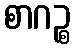
စာဂဉ္စ